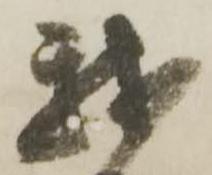
我